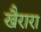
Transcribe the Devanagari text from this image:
खैरारा